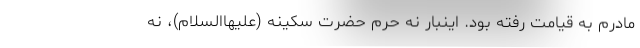
مادرم به قیامت رفته بود. اینبار نه حرم حضرت سکینه (علیهاالسلام)، نه